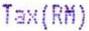
TAX(RM)